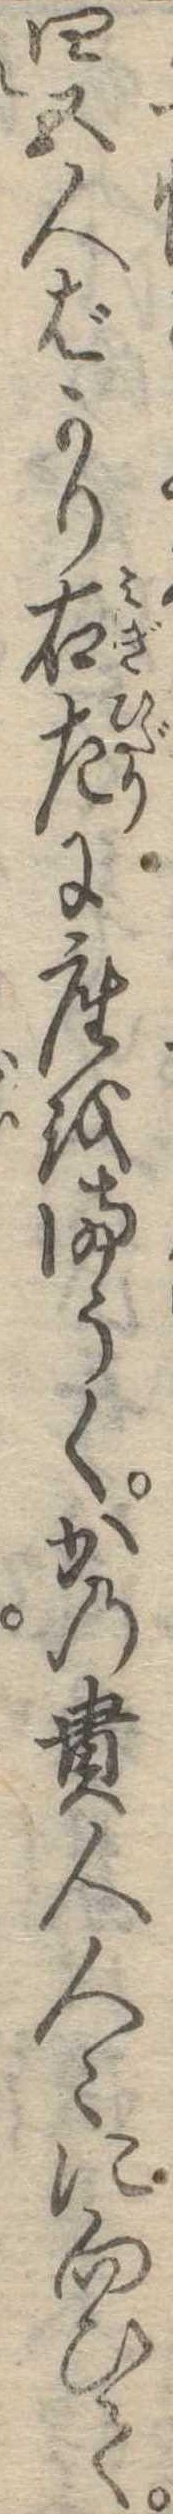
四五人ばかり右左に座をまうくかの貴人人に向ひて